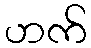
ဟက်